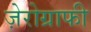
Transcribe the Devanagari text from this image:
ज़ेरोग्राफी